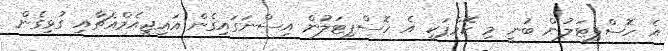
އެ ހޮސްޕިޓަލުން ބުނީ މި ކޭމްޕަކީ އެ ހޮސްޕިޓަލުން އިސްނަގައިގެން އައިޖީއެމްއެޗާއި ގުޅިގެން